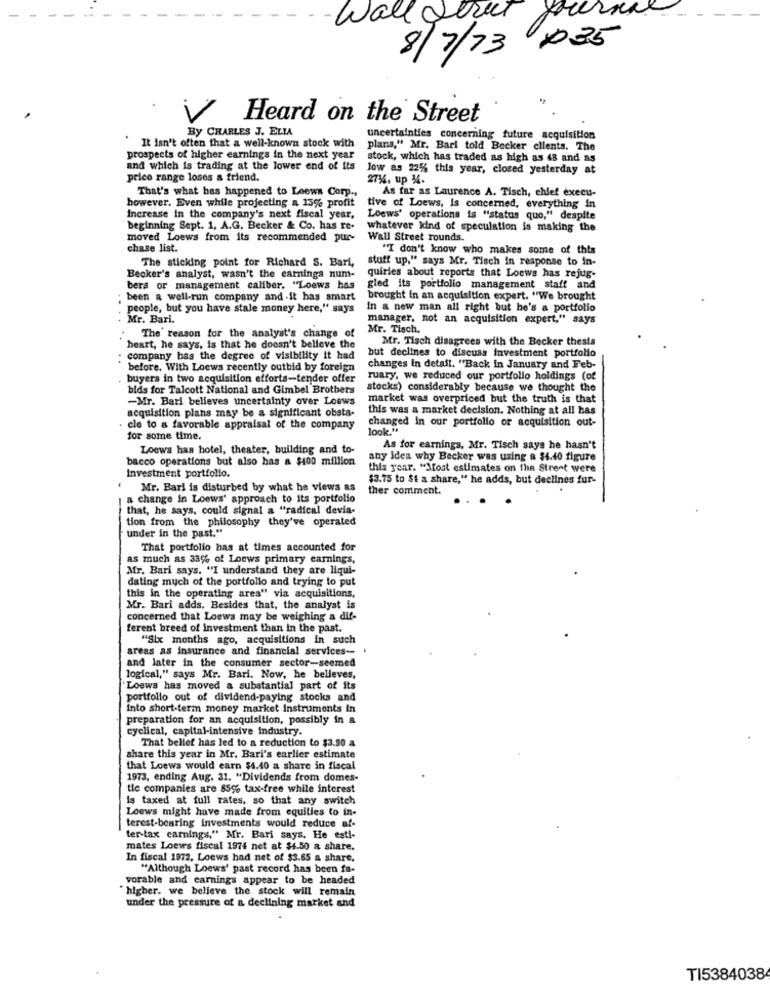
Wall street presse
8/7/73 x35
Heard on the Street
By CHARLES J. ELLA
uncertainties concerning future acquisition
"It isn't often that a well-known stock with
plans," Mr. Bari told Becker clients. The
prospects of higher earnings in the next year
stock, which has traded as high as 48 and as
and which is trading at the lower end of its
low as 22% this year, closed yesterday at
price range loses a friend.
27%4. up 14.
That's what has happened to Loews Corp .,
As far as Laurence A. Tisch, chief execu-
however. Even while projecting a 15% profit tive of Loews, Is concerned, everything in
Increase in the company's next fiscal year,
Loews' operations is "status quo," despite
beginning Sept. 1, A.G. Becker & Co. has re-
whatever kind of speculation is making the
moved Loews from its recommended pur-
Wall Street rounds.
chase list.
"I don't know who makes some of this
The sticking point for Richard S. Bari,
stuff up," says Mr. Tisch in response to in-
Becker's analyst, wasn't the earnings num-
quiries about reports that Loews has rejug-
bers or management caliber. "Loews has
gled its portfolio management staff and
; been a well-run company and .it has smart
brought in an acquisition expert. "We brought
people, but you have stale money here," says
In a new man all right but he's a portfolio
Mr. Bari.
manager, not an acquisition expert," says
Mr. Tisch.
The' reason for the analyst's change of
Mr. Tisch disagrees with the Becker thesia
heart, he says, is that he doesn't believe the
company has the degree of visibility it had
but declines to discuss investment portfolio
before. With Loews recently outbid by foreign
changes in detail. "Back in January and Feb-
buyers in two acquisition efforts-tender offer
ruary, we reduced our portfolio holdings (of
bids for Talcott National and Gimbel Brothers
stocks) considerably because we thought the
-Mr. Bari believes uncertainty over Loews
market was overpriced but the truth is that
acquisition plans may be a significant obsta-
this was a market decision. Nothing at all has
changed In our portfolio or acquisition out-
cle to a favorable appraisal of the company
look.“
for some time.
Loews has hotel, theater, building and to-
As for earnings, Mr. Tisch says he hasn't
bacco operations but also has a $400 million
any idea why Becker was using a $4.40 figure
Investment portfolio.
this year. "Most estimates on the Street were
$3.75 to St a share," he adds, but declines fur-
Mr. Bari is disturbed by what he views as
ther comment.
a change in Loews' approach to its portfolio
that, he says, could signal a "radical devia-
tion from the philosophy they've operated
under in the past."
That portfolio has at times accounted for
as much as 33% of Loews primary earnings,
Mr. Bari says. "I understand they are liqui-
dating much of the portfolio and trying to put
this in the operating area" via acquisitions,
Mr. Bari adds. Besides that, the analyst is
concerned that Loews may be weighing a dif-
ferent breed of investment than in the past.
"Six months ago, acquisitions in such
areas as insurance and financial services- .
and later in the consumer sector-seemed
logical," says Mr. Bari. Now, he believes,
Loews has moved a substantial part of its
portfolio out of dividend-paying stocks and
into short-term money market instruments in
preparation for an acquisition, possibly in a
cyclical, capital-intensive industry.
That bellef has led to a reduction to $3.90 a
share this year in Mr. Bari's earlier estimate
that Loews would earn $4.40 a share in fiscal
1973, ending Aug. 31. "Dividends from domes-
tie companies are 85% tax-free while interest
is taxed at full rates, so that any switch
Loews might have made from equities to in-
terest-bearing investments would reduce af-
ter-tax carnings," Mr. Bari says. He esti-
mates Loews fiscal 1974 net at $4.50 a share.
In fiscal 1972, Loews had net of $3.65 a share,
"Although Loews' past record has been fa-
vorable and earnings appear to be headed
higher. we believe the stock will remain
under the pressure of a declining market and
TI5384038